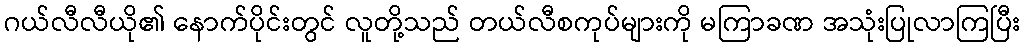
ဂယ်လီလီယို၏ နောက်ပိုင်းတွင် လူတို့သည် တယ်လီစကုပ်များကို မကြာခဏ အသုံးပြုလာကြပြီး